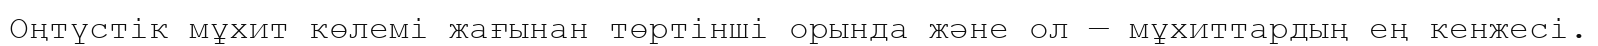
Оңтүстік мұхит көлемі жағынан төртінші орында және ол — мұхиттардың ең кенжесі.